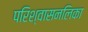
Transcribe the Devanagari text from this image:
परिश्वासनलिका